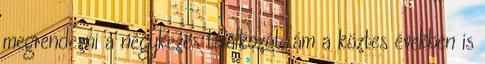
megrendezni a négykezes találkozót, ám a köztes években is